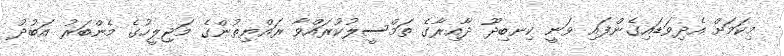
މިކަމަށް އެދިވަޑައިގެންފައި ވަނީ ކިނބިދޫ ދާއިރާގެ ތަމްސީލުކުރައްވާ ރައްޔިތުންގެ މަޖިލީހުގެ މެންބަރު އަބުދު